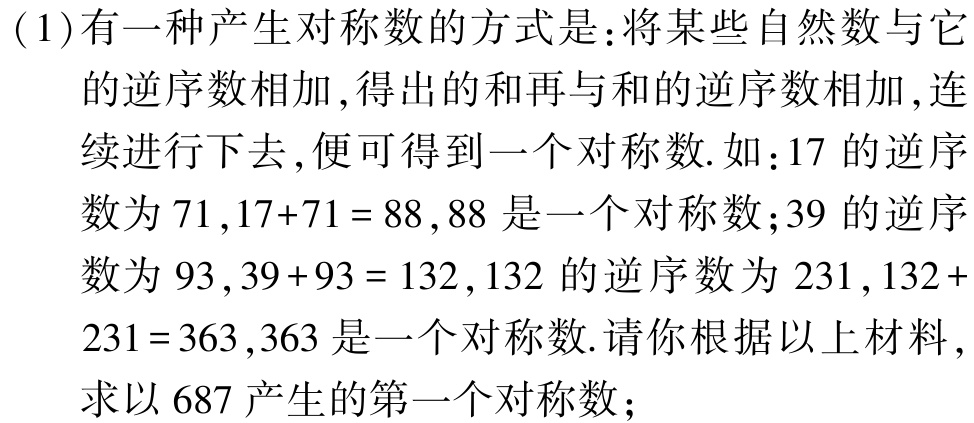
1. \(50\)千米/小时.

2. \(300\)千米/小时，\(240\)千米/小时.

3. \(6\)千米/小时，\(5\)千米/小时.

4. \(5\)千米/小时，\(4.5\)千米/小时.

5. \(20\)千米/小时，\(30\)千米/小时.

6. \(4\)千米/小时，\(3\)千米/小时.

7. \(70\)千米/小时，\(80\)千米/小时，\(840\)千米.

8. \(4\)千米/小时，\(3\)千米/小时.

9. \(3.5\)千米，\(4\)千米/小时，\(3\)千米/小时.

10. \(40\)千米/小时，\(60\)千米/小时.